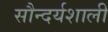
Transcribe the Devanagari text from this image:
सौन्दर्यशाली